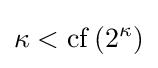
\kappa <\operatorname {cf} \left(2^{\kappa }\right)